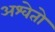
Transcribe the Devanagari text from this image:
अश्वेतो